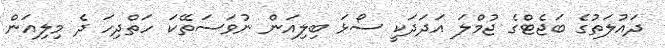
ދައުލަތުގެ ބަޖެޓްގެ ޖުމްލަ އަދަދަކީ ސޯޅަ ބިލިއަން ނުވަސަތޭކަ ހަތްދިހަ ދެ މިލިއަން